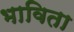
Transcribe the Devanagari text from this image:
भाविता